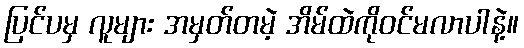
ပြင်ပမှ လူများ အမှတ်တမဲ့ အိမ်ထဲကိုဝင်မလာပါနဲ့။